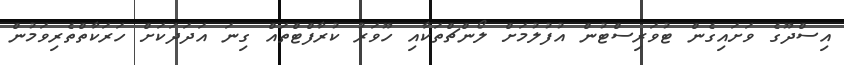
އިސްދޫގެ ވަށައިގެން ޓުވަރިސްޓުން އުފުލުމަށް ލޯންޗްތަކާއި ހޫވަރު ކުރާފްޓްތައް ގިނަ އަދަދަކަށް ހަރަކާތްތެރިވަމުން